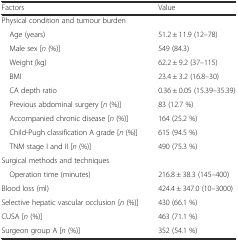
<table><thead><tr><td><b>Factors</b></td><td><b>Value</b></td></tr></thead><tbody><tr><td>Physical condition and tumour burden</td><td></td></tr><tr><td> Age (years)</td><td>51.2 ± 11.9 (12–78)</td></tr><tr><td> Male sex [<i>n</i> (%)]</td><td>549 (84.3)</td></tr><tr><td> Weight (kg)</td><td>62.2 ± 9.2 (37–115)</td></tr><tr><td> BMI</td><td>23.4 ± 3.2 (16.8–30)</td></tr><tr><td> CA depth ratio</td><td>0.36 ± 0.05 (15.39–35.39)</td></tr><tr><td> Previous abdominal surgery [<i>n</i> (%)]</td><td>83 (12.7 %)</td></tr><tr><td> Accompanied chronic disease [<i>n</i> (%)]</td><td>164 (25.2 %)</td></tr><tr><td> Child-Pugh classification A grade [<i>n</i> (%)]</td><td>615 (94.5 %)</td></tr><tr><td> TNM stage I and II [<i>n</i> (%)]</td><td>490 (75.3 %)</td></tr><tr><td>Surgical methods and techniques</td><td></td></tr><tr><td> Operation time (minutes)</td><td>216.8 ± 38.3 (145–400)</td></tr><tr><td>Blood loss (ml)</td><td>424.4 ± 347.0 (10–3000)</td></tr><tr><td>Selective hepatic vascular occlusion [<i>n</i> (%)]</td><td>430 (66.1 %)</td></tr><tr><td>CUSA [<i>n</i> (%)]</td><td>463 (71.1 %)</td></tr><tr><td>Surgeon group A [<i>n</i> (%)]</td><td>352 (54.1 %)</td></tr></tbody></table>